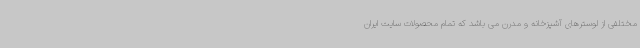
مختلفی از لوسترهای آشپزخانه و مدرن می باشد که تمام محصولات سایت ایران